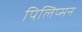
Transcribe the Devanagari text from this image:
पिलिप्सन